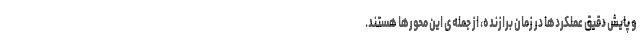
و پایش دقیق عملکرد­ها در زمان برازنده، از جمله‌ی این محورها هستند.